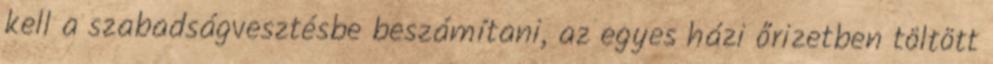
kell a szabadságvesztésbe beszámítani, az egyes házi őrizetben töltött